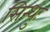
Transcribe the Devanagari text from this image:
सिन्धुः